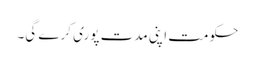
حکومت اپنی مدت پوری کرے گی۔